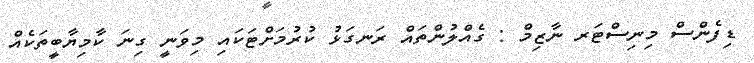
ޑިފެންސް މިނިސްޓަރ ނާޒިމް : ގެއްލުންތައް ރަނގަޅު ކުރުމަށްޓަކައި މިވަނީ ގިނަ ކާމިޔާބީތަކެއް